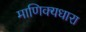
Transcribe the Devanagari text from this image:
माणिक्यधारा